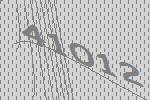
41012